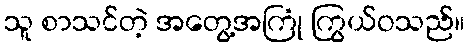
သူ စာသင်တဲ့ အတွေ့အကြုံ ကြွယ်ဝသည်။